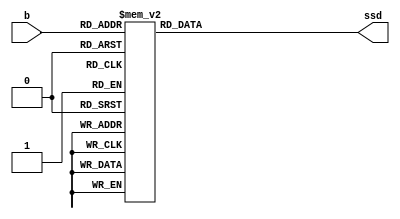
`timescale 1ns / 1ps
//////////////////////////////////////////////////////////////////////////////////
// Company: 
// Engineer: 
// 
// Design Name: 
// Module Name: display
// Project Name: 
// Target Devices: 
// Tool Versions: 
// Description: 
// 
// Dependencies: 
// 
// Revision:
// Revision 0.01 - File Created
// Additional Comments:
// 
//////////////////////////////////////////////////////////////////////////////////

`define D_0 8'b00000011
`define D_1 8'b10011111
`define D_2 8'b00100101
`define D_3 8'b00001101
`define D_4 8'b10011001
`define D_5 8'b01001001
`define D_6 8'b01000001
`define D_7 8'b00011111
`define D_8 8'b00000001
`define D_9 8'b00001001

    
module display(
    input [3:0]b,
    output reg [7:0]ssd
    ); 
    
    
always @*
    case (b)
        4'd0: ssd = `D_0;
        4'd1: ssd = `D_1;
        4'd2: ssd = `D_2;
        4'd3: ssd = `D_3;
        4'd4: ssd = `D_4;
        4'd5: ssd = `D_5;
        4'd6: ssd = `D_6;
        4'd7: ssd = `D_7;
        4'd8: ssd = `D_8;
        4'd9: ssd = `D_9;
        default: ssd = 8'b00000000;
    endcase
endmodule